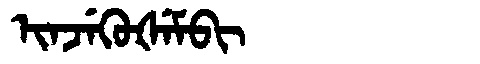
Manchu: ᡳᠨᠵᡝᡴᡠᡧᡝᠮᠪᡳ
Romanization: INJEKUŠEMBI